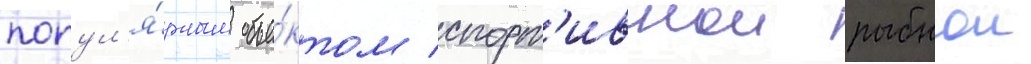
попул'я́рным объе́ктом спорт'ивнои рыбнои